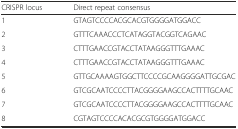
<table><thead><tr><td><b>CRISPR locus</b></td><td><b>Direct repeat consensus</b></td></tr></thead><tbody><tr><td>1</td><td>GTAGTCCCCACGCACGTGGGGATGGACC</td></tr><tr><td>2</td><td>GTTTCAAACCCTCATAGGTACGGTCAGAAC</td></tr><tr><td>3</td><td>CTTTGAACCGTACCTATAAGGGTTTGAAAC</td></tr><tr><td>4</td><td>CTTTGAACCGTACCTATAAGGGTTTGAAAC</td></tr><tr><td>5</td><td>GTTGCAAAAGTGGCTTCCCCGCAAGGGGATTGCGAC</td></tr><tr><td>6</td><td>GTCGCAATCCCCTTACGGGGAAGCCACTTTTGCAAC</td></tr><tr><td>7</td><td>GTCGCAATCCCCTTACGGGGAAGCCACTTTTGCAAC</td></tr><tr><td>8</td><td>CGTAGTCCCCACACGCGTGGGGATGGACC</td></tr></tbody></table>